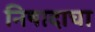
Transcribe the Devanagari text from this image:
निषादाचा